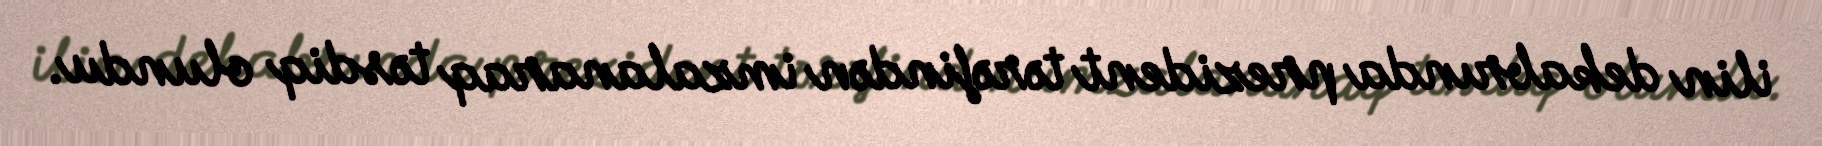
ilin dekabrında prezident tərəfindən imzalanaraq təsdiq olundu.